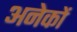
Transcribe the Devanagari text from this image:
अनेेकों